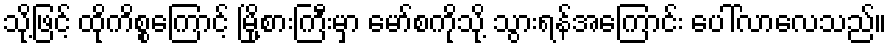
သို့ဖြင့် ထိုကိစ္စကြောင့် မြို့စားကြီးမှာ မော်စကိုသို့ သွားရန်အကြောင်း ပေါ်လာလေသည်။